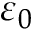
\varepsilon _ { 0 }